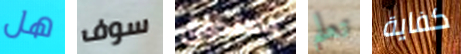
هل سوف بصندوق تعلم كفاية